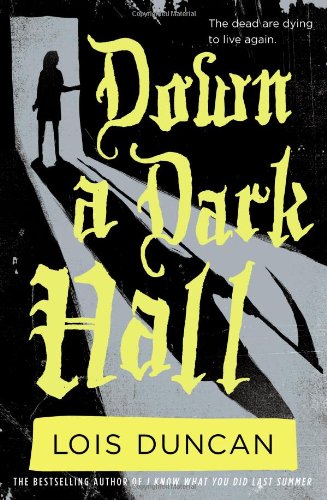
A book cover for Down a Dark Hall; Lois Duncan; Teen & Young Adult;